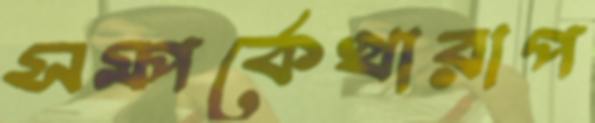
সম্পর্কেখারাপ